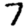
Digit: 7